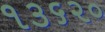
૧૩૬૨૦